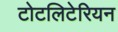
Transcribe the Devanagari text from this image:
टोटलिटेरियन